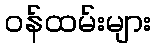
ဝန်ထမ်းများ